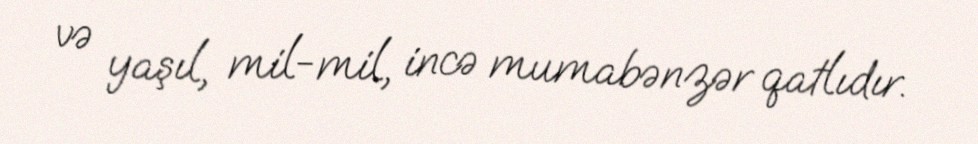
və yaşıl, mil-mil, incə mumabənzər qatlıdır.